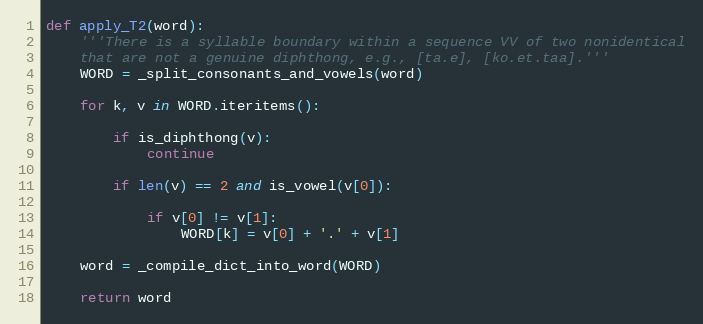
Language: Python
def apply_T2(word):
    '''There is a syllable boundary within a sequence VV of two nonidentical
    that are not a genuine diphthong, e.g., [ta.e], [ko.et.taa].'''
    WORD = _split_consonants_and_vowels(word)

    for k, v in WORD.iteritems():

        if is_diphthong(v):
            continue

        if len(v) == 2 and is_vowel(v[0]):

            if v[0] != v[1]:
                WORD[k] = v[0] + '.' + v[1]

    word = _compile_dict_into_word(WORD)

    return word